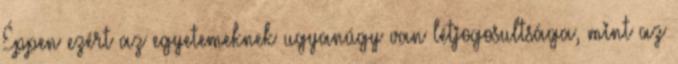
Éppen ezért az egyetemeknek ugyanúgy van létjogosultsága, mint az